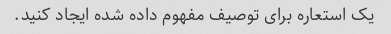
یک استعاره برای توصیف مفهوم داده شده ایجاد کنید.